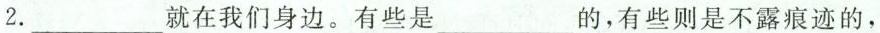
2.___就在我们身边。有些是___的，有些则是不露痕迹的，